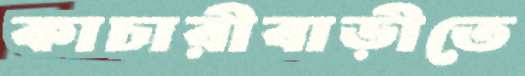
কাচারীবাড়ীতে